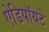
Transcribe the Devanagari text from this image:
ऐडिपॉयटे